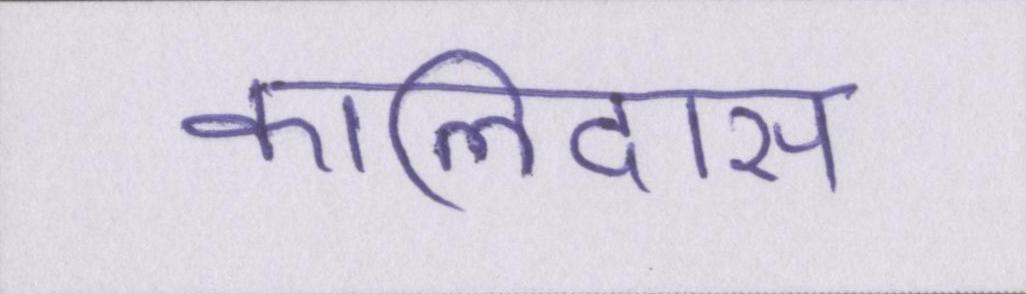
कालिदास